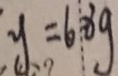
y = 6 8 g